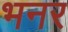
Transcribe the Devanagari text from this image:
भनर